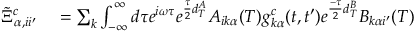
\begin{array} { r l } { \tilde { \Xi } _ { \alpha , i i ^ { \prime } } ^ { c } } & { { } = \sum _ { k } \int _ { - \infty } ^ { \infty } d \tau e ^ { i \omega \tau } e ^ { \frac { \tau } { 2 } d _ { T } ^ { A } } A _ { i k \alpha } ( T ) g _ { k \alpha } ^ { c } ( t , t ^ { \prime } ) e ^ { \frac { - \tau } { 2 } d _ { T } ^ { B } } B _ { k \alpha i ^ { \prime } } ( T ) } \end{array}